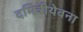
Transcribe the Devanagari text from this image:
दमित्रीयेवना